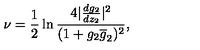
\nu = \frac { 1 } { 2 } \ln \frac { 4 | \frac { d g _ { 2 } } { d z _ { 2 } } | ^ { 2 } } { ( 1 + g _ { 2 } \overline { { g } } _ { 2 } ) ^ { 2 } } ,